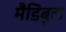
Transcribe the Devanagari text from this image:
मैंडिबुल